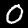
Digit: 0